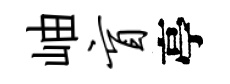
岫盲亭